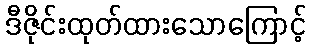
ဒီဇိုင်းထုတ်ထားသောကြောင့်